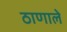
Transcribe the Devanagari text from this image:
ठाणाले